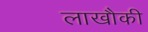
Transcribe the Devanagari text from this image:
लाखौकी